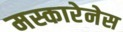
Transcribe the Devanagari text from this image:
मस्कारेनेस